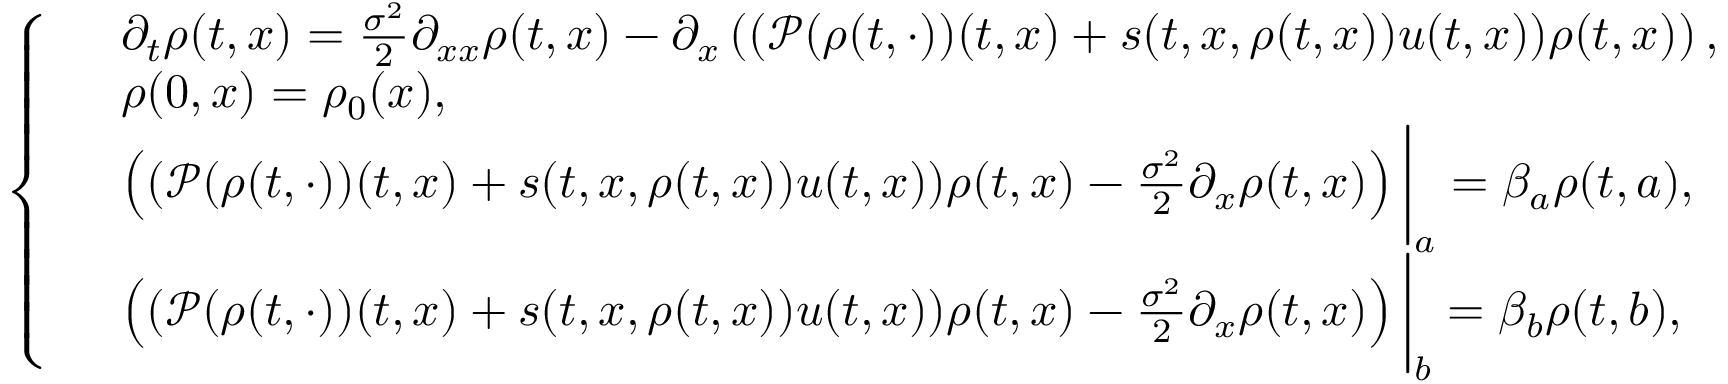
\left\{ \begin{array} { r l } & { \partial _ { t } \rho ( t , x ) = \frac { \sigma ^ { 2 } } { 2 } \partial _ { x x } \rho ( t , x ) - \partial _ { x } \left( ( \mathcal { P } ( \rho ( t , \cdot ) ) ( t , x ) + s ( t , x , \rho ( t , x ) ) u ( t , x ) ) \rho ( t , x ) \right) , } \\ & { \rho ( 0 , x ) = \rho _ { 0 } ( x ) , } \\ & { \left( ( \mathcal { P } ( \rho ( t , \cdot ) ) ( t , x ) + s ( t , x , \rho ( t , x ) ) u ( t , x ) ) \rho ( t , x ) - \frac { \sigma ^ { 2 } } { 2 } \partial _ { x } \rho ( t , x ) \right) \bigg | _ { a } = \beta _ { a } \rho ( t , a ) , } \\ & { \left( ( \mathcal { P } ( \rho ( t , \cdot ) ) ( t , x ) + s ( t , x , \rho ( t , x ) ) u ( t , x ) ) \rho ( t , x ) - \frac { \sigma ^ { 2 } } { 2 } \partial _ { x } \rho ( t , x ) \right) \bigg | _ { b } = \beta _ { b } \rho ( t , b ) , } \end{array} \right.